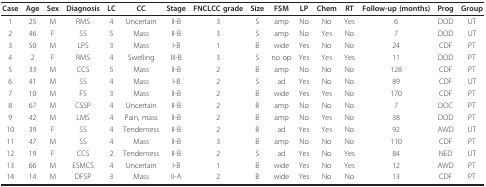
| Case | Age | Sex | Diagnosis | LC | CC | Stage | FNCLCC grade | Size | FSM | LP | Chem | RT | Follow-up (months) | Prog | Group |
 | --- | --- | --- | --- | --- | --- | --- | --- | --- | --- | --- | --- | --- | --- | --- | --- |
 | 1 | 25 | M | RMS | 4 | Uncertain | II-B | 3 | S | amp | No | No | Yes | 6 | DOD | UT |
 | 2 | 46 | F | SS | 5 | Mass | II-B | 3 | S | amp | No | Yes | No | 7 | DOD | UT |
 | 3 | 50 | M | LPS | 3 | Mass | I-B | 1 | B | wide | Yes | No | No | 24 | CDF | PT |
 | 4 | 2 | F | RMS | 4 | Swelling | III-B | 3 | S | no op | Yes | Yes | Yes | 11 | DOD | PT |
 | 5 | 33 | M | CCS | 5 | Mass | II-B | 2 | B | amp | No | No | No | 128 | CDF | PT |
 | 6 | 41 | M | SS | 4 | Mass | I-B | 2 | S | ad | Yes | No | No | 89 | CDF | UT |
 | 7 | 10 | M | FS | 3 | Mass | II-B | 2 | B | wide | Yes | Yes | No | 170 | CDF | PT |
 | 8 | 67 | M | CSSP | 4 | Uncertain | II-B | 2 | B | amp | No | No | No | 7 | DOC | PT |
 | 9 | 42 | M | LMS | 4 | Pain, mass | II-B | 2 | B | amp | No | Yes | No | 38 | DOD | PT |
 | 10 | 39 | F | SS | 4 | Tenderness | II-B | 2 | B | ad | Yes | Yes | No | 92 | AWD | UT |
 | 11 | 47 | M | SS | 4 | Mass | II-B | 3 | B | amp | No | No | No | 110 | CDF | PT |
 | 12 | 19 | F | CCS | 2 | Tenderness | II-B | 2 | S | ad | Yes | No | Yes | 84 | NED | UT |
 | 13 | 66 | M | ESMCS | 4 | Uncertain | I-B | 1 | B | wide | Yes | No | Yes | 12 | AWD | PT |
 | 14 | 14 | M | DFSP | 3 | Mass | II-A | 2 | B | wide | Yes | No | No | 13 | CDF | PT |